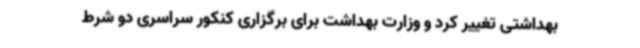
بهداشتی تغییر کرد و وزارت بهداشت برای برگزاری کنکور سراسری دو شرط